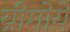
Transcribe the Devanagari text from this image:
य्रीगोयें